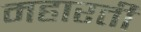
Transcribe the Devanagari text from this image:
महारती